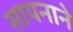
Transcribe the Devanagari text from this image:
सायनाने